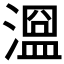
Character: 𣽭